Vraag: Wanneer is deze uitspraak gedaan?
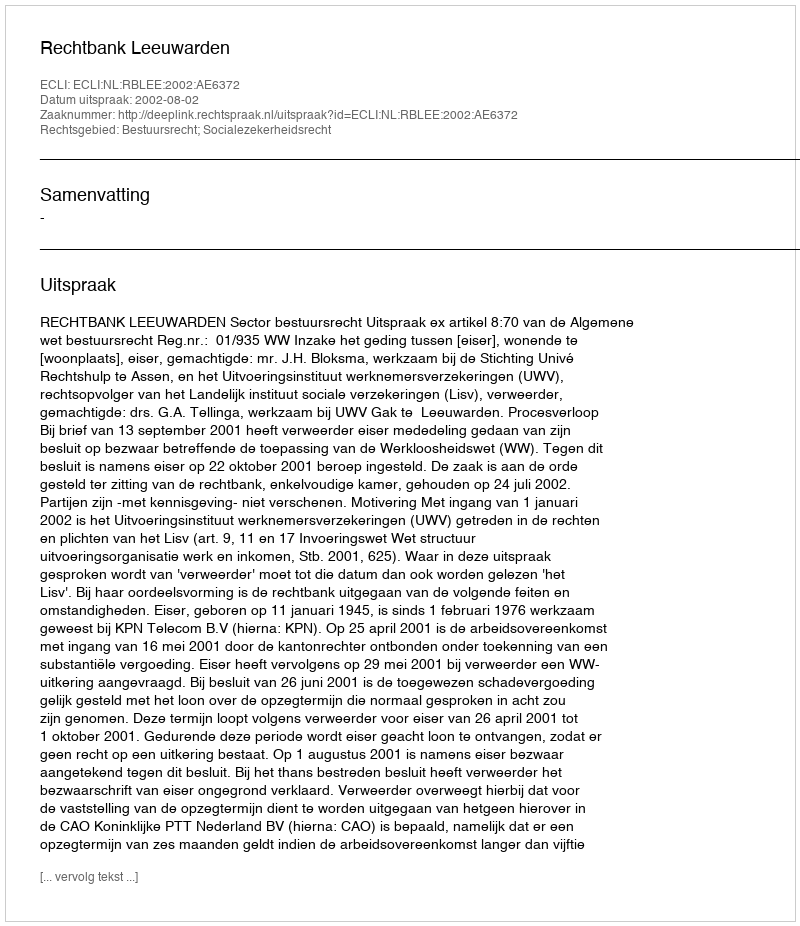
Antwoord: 2002-08-02